Anatomy and histology of ticks - Number 23
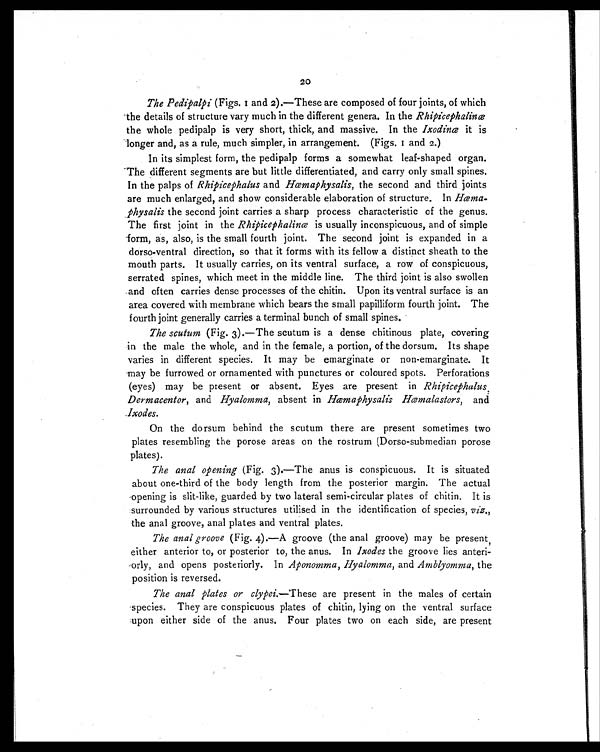
20
The Pedipalpi (Figs. 1 and 2).—These are composed of four joints, of which
the details of structure vary much in the different genera. In the Rhipicephalinæ
the whole pedipalp is very short, thick, and massive. In the Ixodinæ it is
longer and, as a rule, much simpler, in arrangement. (Figs. 1 and 2.)
In its simplest form, the pedipalp forms a somewhat leaf-shaped organ.
The different segments are but little differentiated, and carry only small spines.
In the palps of Rhipicephalus and Hæmaphysalis, the second and third joints
are much enlarged, and show considerable elaboration of structure. In Hæma-
physalis the second joint carries a sharp process characteristic of the genus.
The first joint in the Rhipicephalinæ is usually inconspicuous, and of simple
form, as, also, is the small fourth joint. The second joint is expanded in a
dorso-ventral direction, so that it forms with its fellow a distinct sheath to the
mouth parts. It usually carries, on its ventral surface, a row of conspicuous,
serrated spines, which meet in the middle line. The third joint is also swollen
and often carries dense processes of the chitin. Upon its ventral surface is an
area covered with membrane which bears the small papilliform fourth joint. The
fourth joint generally carries a terminal bunch of small spines.
The scutum (Fig. 3).—The scutum is a dense chitinous plate, covering
in the male the whole, and in the female, a portion, of the dorsum. Its shape
varies in different species. It may be emarginate or non-emarginate. It
may be furrowed or ornamented with punctures or coloured spots. Perforations
(eyes) may be present or absent. Eyes are present in Rhipicephalus,
Dermacentor, and Hyalomma, absent in Hæmaphysalis Hæmalastors, and
Ixodes.
On the dorsum behind the scutum there are present sometimes two
plates resembling the porose areas on the rostrum (Dorso-submedian porose
plates).
The anal opening (Fig. 3).—The anus is conspicuous. It is situated
about one-third of the body length from the posterior margin. The actual
opening is slit-like, guarded by two lateral semi-circular plates of chitin. It is
surrounded by various structures utilised in the identification of species, viz.,
the anal groove, anal plates and ventral plates.
The anal groove (Fig. 4).—A groove (the anal groove) may be present,
either anterior to, or posterior to, the anus. In Ixodes the groove lies anteri-
orly, and opens posteriorly. In Aponomma, Hyalomma, and Amblyomma, the
position is reversed.
The anal plates or clypei.—These are present in the males of certain
species. They are conspicuous plates of chitin, lying on the ventral surface
upon either side of the anus. Four plates two on each side, are present